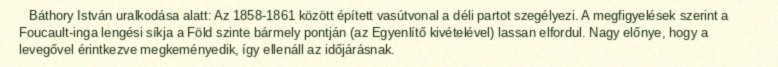
Báthory István uralkodása alatt: Az 1858-1861 között épített vasútvonal a déli partot szegélyezi. A megfigyelések szerint a Foucault-inga lengési síkja a Föld szinte bármely pontján (az Egyenlítő kivételével) lassan elfordul. Nagy előnye, hogy a levegővel érintkezve megkeményedik, így ellenáll az időjárásnak.